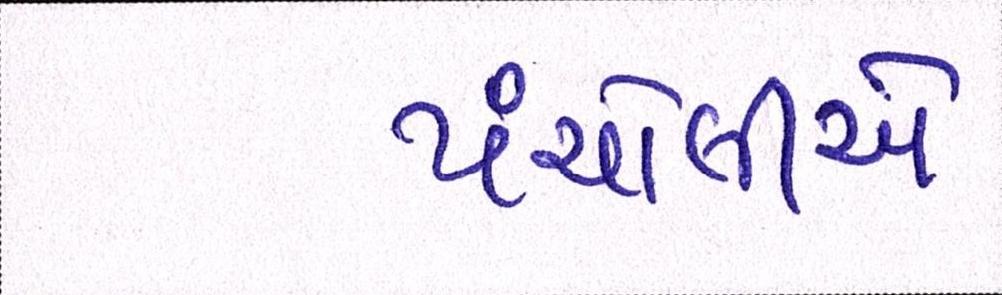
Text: પંચોલીએ